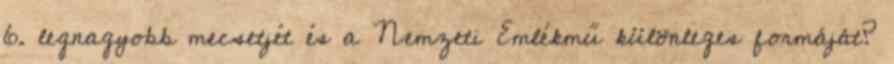
6. legnagyobb mecsetjét és a Nemzeti Emlékmű különleges formáját?